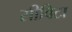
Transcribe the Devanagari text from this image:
सीविटा